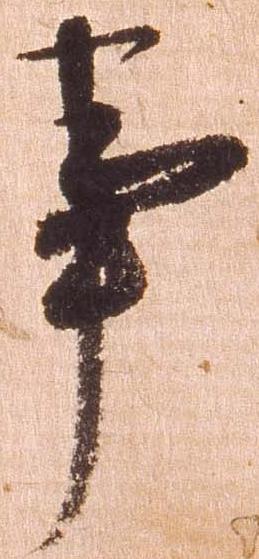
事